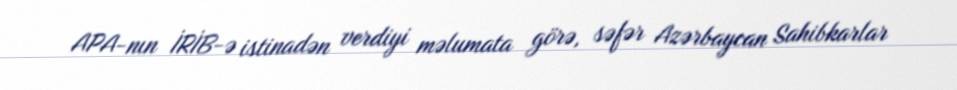
APA-nın İRİB-ə istinadən verdiyi məlumata görə, səfər Azərbaycan Sahibkarlar